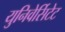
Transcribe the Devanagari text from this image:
युनिवेर्सिटेट